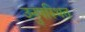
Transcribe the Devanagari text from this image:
उनुपस्थित